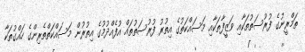
ތަމްރީނުގެ ފުރުސަތުތަކާއި ވަޒީފާތަކާއި މަސައްކަތުގެ އިތުރު ފުރުސަތުތައް އުފެއްދުމުގެ އިތުރުން މަސައްކަތްތެރިންގެ ހައްގުތަކާ